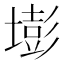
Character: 𡐶